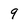
Character: 9